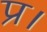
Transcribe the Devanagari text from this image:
प्र।